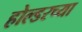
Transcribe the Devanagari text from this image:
होल्डरच्या